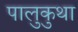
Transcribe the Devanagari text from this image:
पालुकुथा